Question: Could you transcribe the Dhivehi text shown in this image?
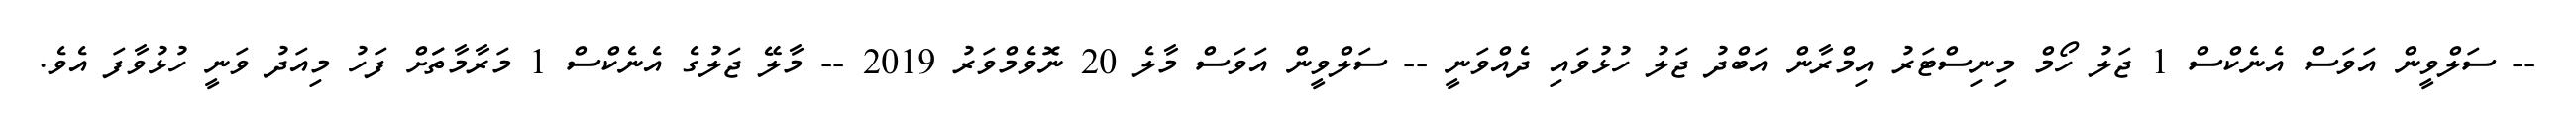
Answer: -- ސަލްވީން އަވަސް އެނެކްސް 1 ޖަލު ހޯމް މިނިސްޓަރު އިމްރާން އަބްދު ޖަލު ހުޅުވައި ދެއްވަނީ -- ސަލްވީން އަވަސް މާލެ 20 ނޮވެމްވަރު 2019 -- މާލޭ ޖަލުގެ އެނެކްސް 1 މަރާމާތަަށް ފަހު މިއަދު ވަނީ ހުޅުވާފަ އެވެ.